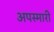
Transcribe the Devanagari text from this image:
अपस्मारी